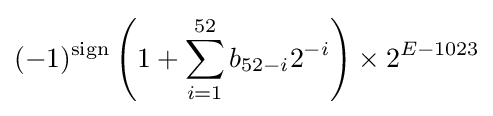
(-1)^{\text{sign}}\left(1+\sum _{i=1}^{52}b_{52-i}2^{-i}\right)\times 2^{E-1023}